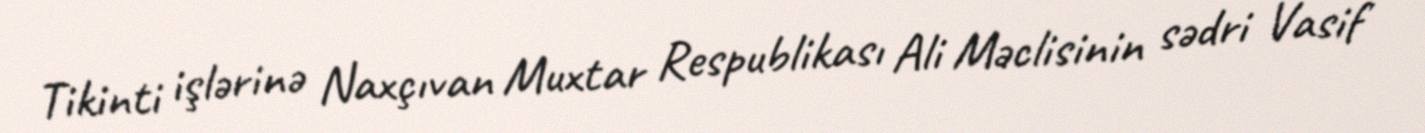
Tikinti işlərinə Naxçıvan Muxtar Respublikası Ali Məclisinin sədri Vasif